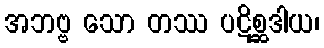
အဘဗ္ဗ သော တဿ ပဋိစ္ဆဒါယ၊